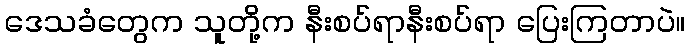
ဒေသခံတွေက သူတို့က နီးစပ်ရာနီးစပ်ရာ ပြေးကြတာပဲ။